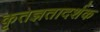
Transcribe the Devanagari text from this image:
कृतज्ञतादर्शक